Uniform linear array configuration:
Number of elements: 32
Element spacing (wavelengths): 0.25
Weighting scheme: exponential
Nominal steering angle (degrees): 0
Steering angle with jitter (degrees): -0.1889
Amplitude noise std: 0.05
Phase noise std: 0.05

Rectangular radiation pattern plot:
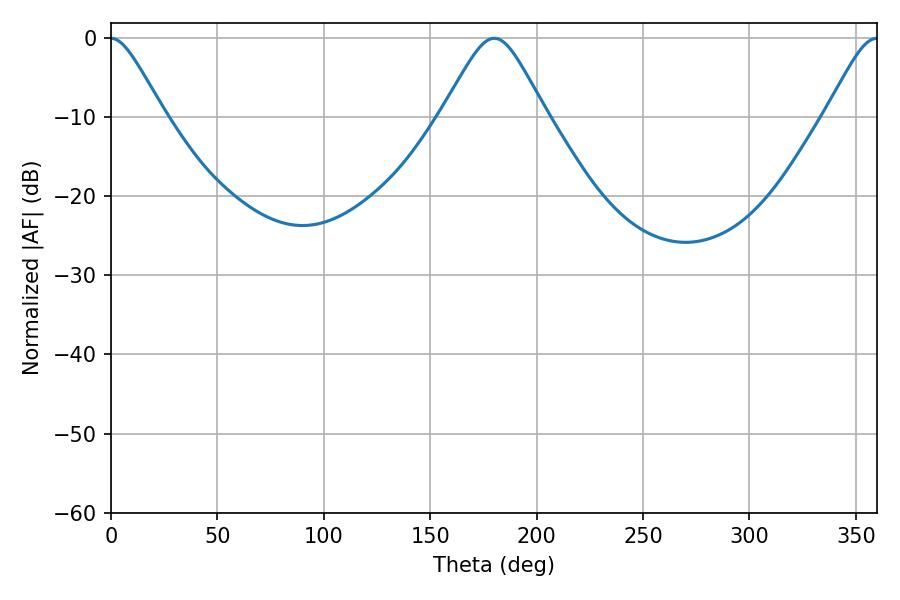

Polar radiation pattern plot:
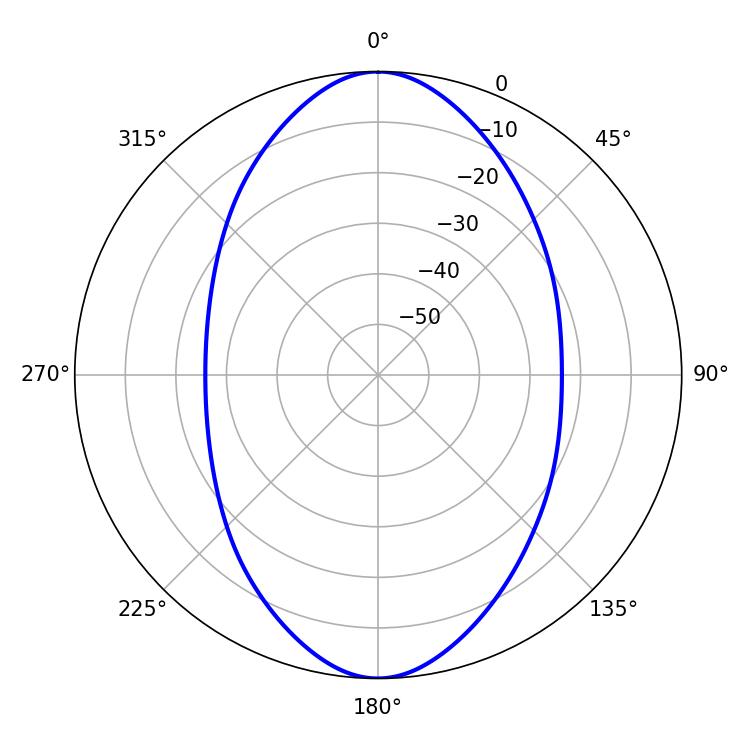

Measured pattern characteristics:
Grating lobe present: FALSE
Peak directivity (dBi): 24.633
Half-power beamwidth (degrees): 23.58
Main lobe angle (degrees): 180.18